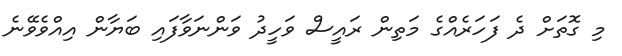
މި ގޮތަށް ދެ ފަހަރެއްގެ މަތިން ރައީސް ވަހީދު ވަންނަވާފައި ބަޔާން އިއްވެވޭނެ